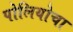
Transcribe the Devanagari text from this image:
पोलियोचा